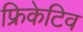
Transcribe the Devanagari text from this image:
फ्रिकेटिव